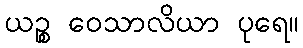
ယဉ္စ ဝေသာလိယာ ပုရေ။